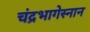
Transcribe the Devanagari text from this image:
चंद्रभागेस्नान